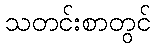
သတင်းစာတွင်